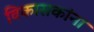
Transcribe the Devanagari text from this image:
विकासकांना